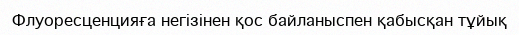
Флуоресценцияға негізінен қос байланыспен қабысқан тұйық